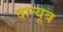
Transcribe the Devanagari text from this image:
दान्यूब